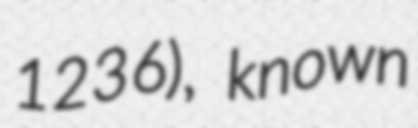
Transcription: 1236), known